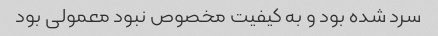
سرد شده بود و به کیفیت مخصوص نبود معمولی بود